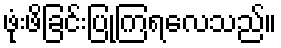
ဖုံးဖိခြင်းပြုကြရလေသည်။